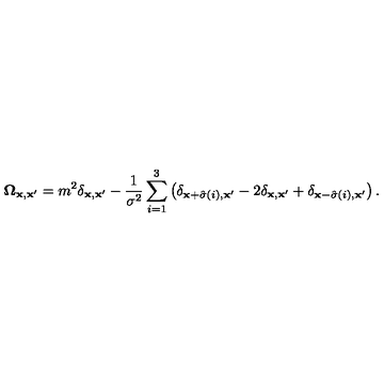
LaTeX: { \bf \Omega } _ { { \bf x } , { \bf x ^ { \prime } } } = m ^ { 2 } \delta _ { { \bf x } , { \bf x ^ { \prime } } } - { \frac { 1 } { \sigma ^ { 2 } } } \sum _ { i = 1 } ^ { 3 } \left( \delta _ { { \bf x } + \hat { \sigma } \left( i \right) , { \bf x ^ { \prime } } } - 2 \delta _ { { \bf x } , { \bf x ^ { \prime } } } + \delta _ { { \bf x } - \hat { \sigma } \left( i \right) , { \bf x ^ { \prime } } } \right) .